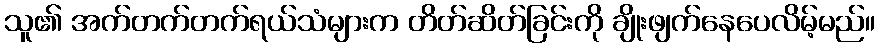
သူ၏ အက်တက်တက်ရယ်သံများက တိတ်ဆိတ်ခြင်းကို ချိုးဖျက်နေပေလိမ့်မည်။